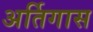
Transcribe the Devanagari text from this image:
अर्तिगास